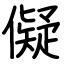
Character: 儗